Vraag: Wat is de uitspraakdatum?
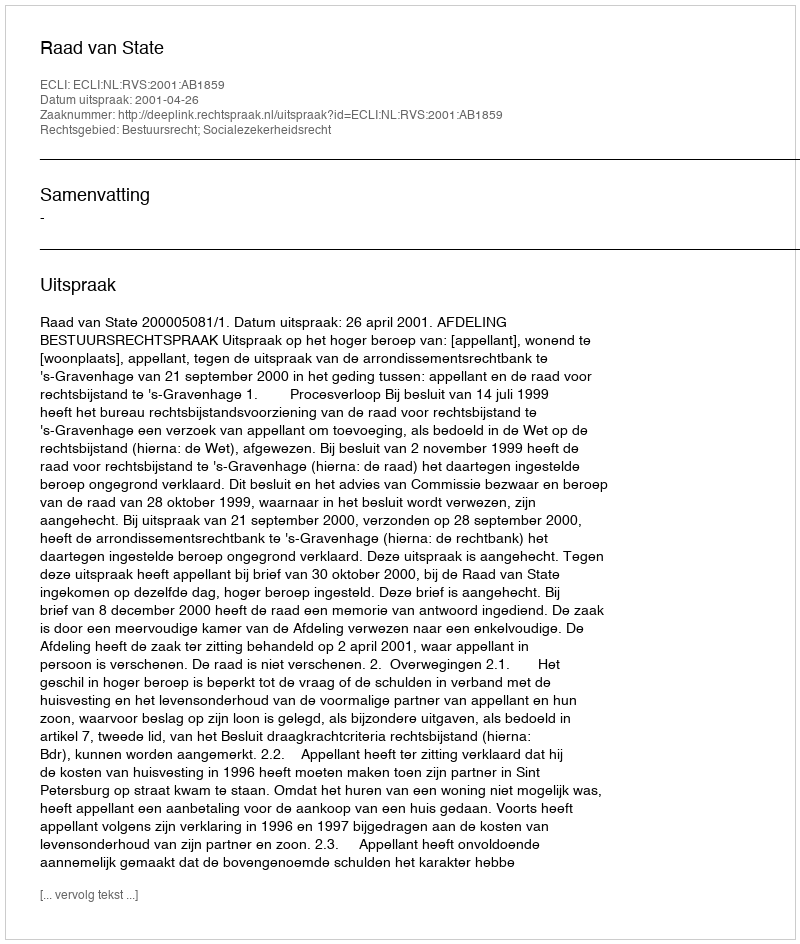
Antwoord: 2001-04-26